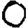
Digit: 0